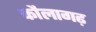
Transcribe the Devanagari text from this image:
कौलागढ़